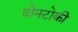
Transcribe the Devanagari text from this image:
दोनटोकी